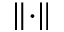
\lVert \cdot \rVert